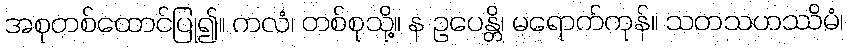
အစုတစ်ထောင်ပြု၍။ ကလံ၊ တစ်စုသို့။ န ဥပေန္တိ၊ မရောက်ကုန်။ သတသဟဿိမံ၊